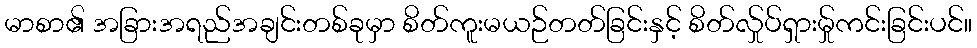
မာစာ၏ အခြားအရည်အချင်းတစ်ခုမှာ စိတ်ကူးမယဉ်တတ်ခြင်းနှင့် စိတ်လ်ှုပ်ရှားမ်ှုကင်းခြင်းပင်။